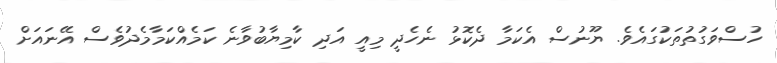
ހުސްވަގުތުތަކުގައެވެ. ޔޫނުސް އެކަމާ ދެކޮޅު ނެހެދީ މިއީ އަދި ކާމިޔާބުވާނެ ކަމެއްކަމާމެދުވެސް އޭނައަށް